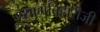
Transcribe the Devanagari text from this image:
श्यामबिहारीजी